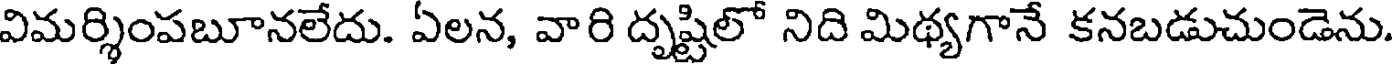
విమర్శింపబూనలేదు. ఏలన, వారి దృష్టిలో నిది మిథ్యగానే కనబడుచుండెను